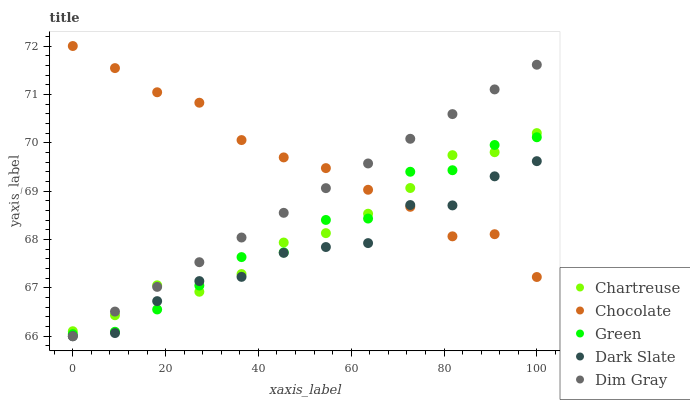
| xaxis_label | Chartreuse | Chocolate | Green | Dark Slate | Dim Gray |
 | --- | --- | --- | --- | --- | --- |
 | 0 | 66.1 | 72 | 66 | 66 | 66 |
 | 9.09 | 66.4 | 71.5 | 66.1 | 66.1 | 66.5 |
 | 18.2 | 67.1 | 71 | 66.6 | 66.7 | 67 |
 | 27.3 | 66.9 | 70.8 | 67 | 67.1 | 67.5 |
 | 36.4 | 67.3 | 70.1 | 67.6 | 67.2 | 68 |
 | 45.5 | 67.9 | 69.7 | 67.7 | 67.7 | 68.6 |
 | 54.5 | 68.1 | 69.5 | 68.4 | 67.8 | 69.1 |
 | 63.6 | 68.5 | 69 | 68.4 | 67.9 | 69.6 |
 | 72.7 | 69.1 | 68.7 | 69.4 | 68.7 | 70.1 |
 | 81.8 | 69.7 | 68.1 | 69.4 | 68.7 | 70.6 |
 | 90.9 | 69.8 | 68.1 | 70 | 69.3 | 71.1 |
 | 100 | 70.2 | 67.2 | 70.1 | 69.6 | 71.6 |